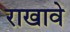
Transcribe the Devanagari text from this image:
राखावे